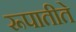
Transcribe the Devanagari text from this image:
रूपातीते